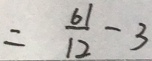
= \frac { 6 1 } { 1 2 } - 3